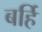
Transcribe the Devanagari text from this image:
बर्हि